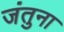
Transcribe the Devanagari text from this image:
जंतुना